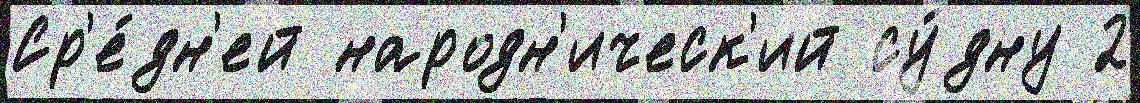
Ср'е́дн'ей народн'ическ'ий су́дну 2